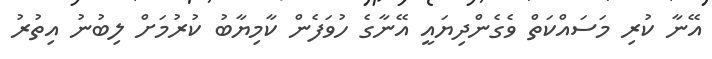
އޭނާ ކުރި މަސައްކަތް ވެގެންދިޔައީ އޭނާގެ ހުވަފެން ކާމިޔާބު ކުރުމަށް ލިބުނު އިތުރު